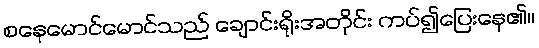
စနေမောင်မောင်သည် ချောင်းရိုးအတိုင်း ကပ်၍ပြေးနေ၏။